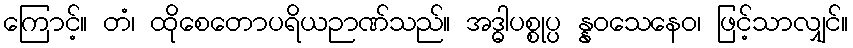
ကြောင့်။ တံ၊ ထိုစေတောပရိယဉာဏ်သည်။ အဒ္ဓါပစ္စုပ္ပ န္နဝသေနေဝ၊ ဖြင့်သာလျှင်။